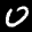
Label: 0